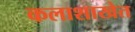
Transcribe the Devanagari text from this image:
कलाशाखेत